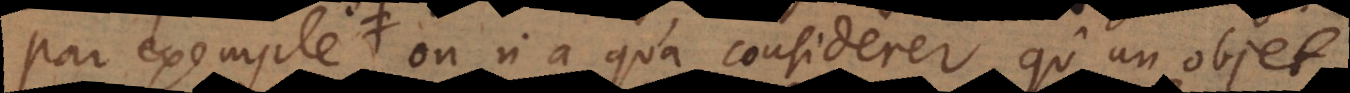
Par exemple, on n’a qu’à considerer qu’un objet